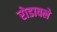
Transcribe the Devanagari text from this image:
रोडावले